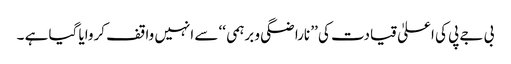
بی جے پی کی اعلیٰ قیادت کی ’’ ناراضگی و برہمی ‘‘ سے انہیں واقف کروایا گیا ہے ۔